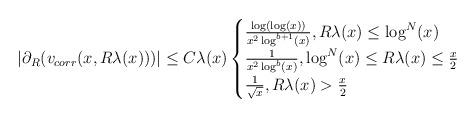
LaTeX: \begin{align*} |\partial_{R}(v_{corr}(x,R\lambda(x)))| \leq C\lambda(x) \begin{cases} \frac{\log(\log(x))}{x^{2} \log^{b+1}(x)}, R \lambda(x) \leq \log^{N}(x)\\\frac{1}{x^{2} \log^{b}(x)}, \log^{N}(x) \leq R\lambda(x) \leq \frac{x}{2}\\\frac{1}{\sqrt{x}}, R \lambda(x) > \frac{x}{2}\end{cases}\end{align*}